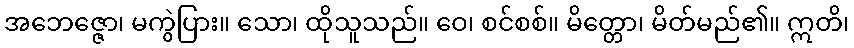
အဘေဇ္ဇော၊ မကွဲပြား။ သော၊ ထိုသူသည်။ ဝေ၊ စင်စစ်။ မိတ္တော၊ မိတ်မည်၏။ ဣတိ၊